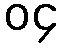
၀၄